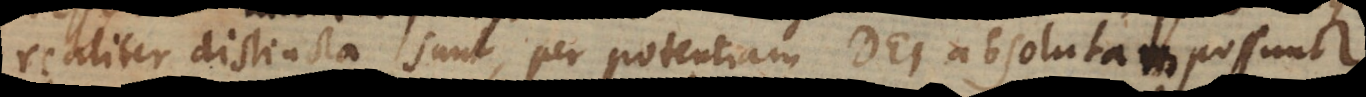
realiter distincta sunt, per potentiam Dei absolutam possunt